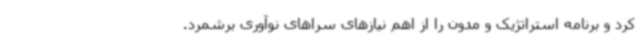
کرد و برنامه استراتژیک و مدون را از اهم نیازهای سراهای نوآوری برشمرد.